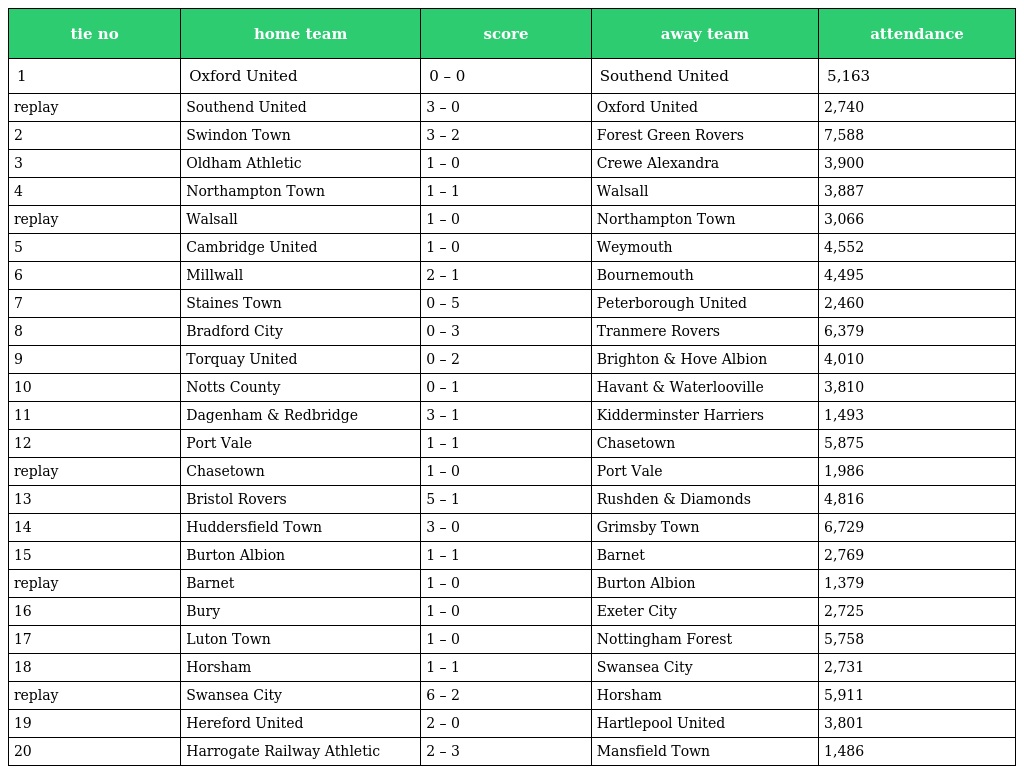
| tie no | home team | score | away team | attendance |
 | --- | --- | --- | --- | --- |
 | 1 | Oxford United | 0 – 0 | Southend United | 5,163 |
 | replay | Southend United | 3 – 0 | Oxford United | 2,740 |
 | 2 | Swindon Town | 3 – 2 | Forest Green Rovers | 7,588 |
 | 3 | Oldham Athletic | 1 – 0 | Crewe Alexandra | 3,900 |
 | 4 | Northampton Town | 1 – 1 | Walsall | 3,887 |
 | replay | Walsall | 1 – 0 | Northampton Town | 3,066 |
 | 5 | Cambridge United | 1 – 0 | Weymouth | 4,552 |
 | 6 | Millwall | 2 – 1 | Bournemouth | 4,495 |
 | 7 | Staines Town | 0 – 5 | Peterborough United | 2,460 |
 | 8 | Bradford City | 0 – 3 | Tranmere Rovers | 6,379 |
 | 9 | Torquay United | 0 – 2 | Brighton & Hove Albion | 4,010 |
 | 10 | Notts County | 0 – 1 | Havant & Waterlooville | 3,810 |
 | 11 | Dagenham & Redbridge | 3 – 1 | Kidderminster Harriers | 1,493 |
 | 12 | Port Vale | 1 – 1 | Chasetown | 5,875 |
 | replay | Chasetown | 1 – 0 | Port Vale | 1,986 |
 | 13 | Bristol Rovers | 5 – 1 | Rushden & Diamonds | 4,816 |
 | 14 | Huddersfield Town | 3 – 0 | Grimsby Town | 6,729 |
 | 15 | Burton Albion | 1 – 1 | Barnet | 2,769 |
 | replay | Barnet | 1 – 0 | Burton Albion | 1,379 |
 | 16 | Bury | 1 – 0 | Exeter City | 2,725 |
 | 17 | Luton Town | 1 – 0 | Nottingham Forest | 5,758 |
 | 18 | Horsham | 1 – 1 | Swansea City | 2,731 |
 | replay | Swansea City | 6 – 2 | Horsham | 5,911 |
 | 19 | Hereford United | 2 – 0 | Hartlepool United | 3,801 |
 | 20 | Harrogate Railway Athletic | 2 – 3 | Mansfield Town | 1,486 |